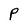
Character: P